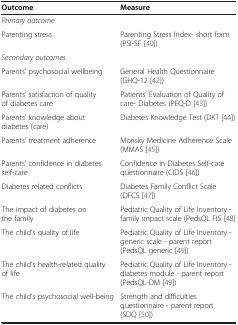
| Outcome | Measure |
 | --- | --- |
 | Primary outcome |  |
 | Parenting stress | Parenting Stress Index- short form (PSI-SF [40]) |
 | Secondary outcomes |  |
 | Parents’ psychosocial wellbeing | General Health Questionnaire (GHQ-12 [42]) |
 | Parents’ satisfaction of quality of diabetes care | Patients’ Evaluation of Quality of care- Diabetes (PEQ-D [43]) |
 | Parents’ knowledge about diabetes (care) | Diabetes Knowledge Test (DKT [44]) |
 | Parents’ treatment adherence | Morisky Medicine Adherence Scale (MMAS [45]) |
 | Parents’ confidence in diabetes self-care | Confidence In Diabetes Self-care questionnaire (CIDS [46]) |
 | Diabetes related conflicts | Diabetes Family Conflict Scale (DFCS [47]) |
 | The impact of diabetes on the family | Pediatric Quality of Life Inventory - family impact scale (PedsQL FIS [48] |
 | The child’s quality of life | Pediatric Quality of Life Inventory - generic scale - parent report (PedsQL generic [49]) |
 | The child’s health-related quality of life | Pediatric Quality of Life Inventory - diabetes module - parent report (PedsQL-DM [49]) |
 | The child’s psychosocial well-being | Strength and difficulties questionnaire - parent report (SDQ [50]) |